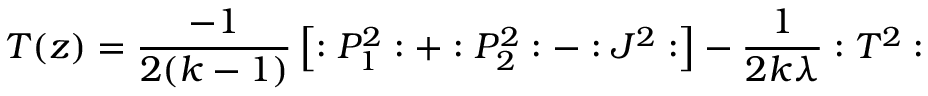
T ( z ) = \frac { - 1 } { 2 ( k - 1 ) } \left[ : P _ { 1 } ^ { 2 } : + : P _ { 2 } ^ { 2 } : - : J ^ { 2 } : \right] - \frac 1 { 2 k \lambda } : T ^ { 2 } :